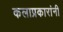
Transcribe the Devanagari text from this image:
कलाप्रकारांनी